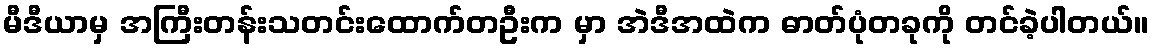
မီဒီယာမှ အကြီးတန်းသတင်းထောက်တဦးက မှာ အဲဒီအထဲက ဓာတ်ပုံတခုကို တင်ခဲ့ပါတယ်။